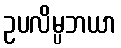
ဥပလိမ္ပဘယာ